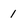
Character: 1